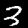
Digit: 3